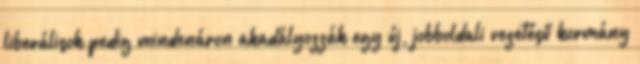
liberálisok pedig mindenáron akadályozzák egy új, jobboldali vezetésű kormány